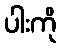
ပါးကို